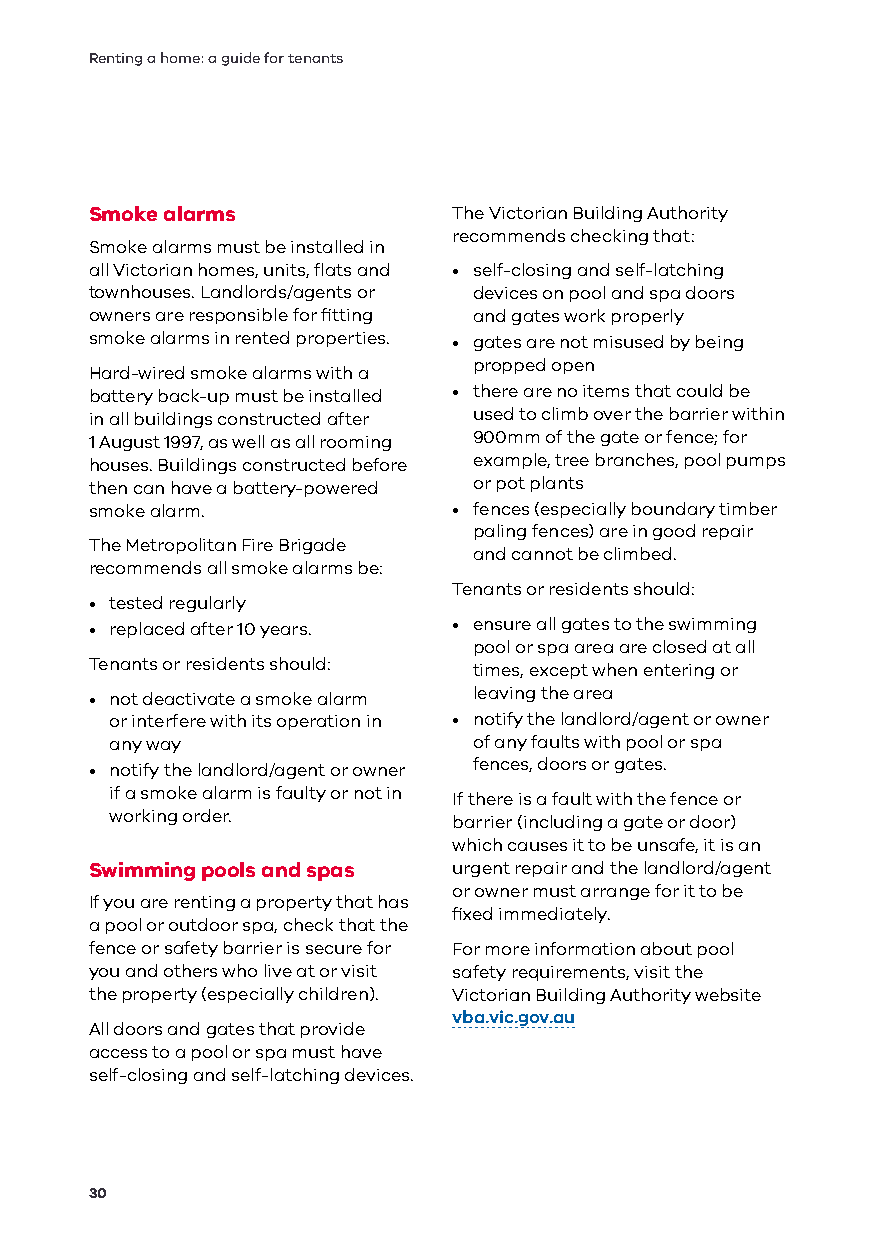
Renting a home: a guide for tenants
 Smoke alarms            The Victorian Building Authority
 recommends checking that:
 Smoke alarms must be installed in
 all Victorian homes, units, flats and • self-closing and self-latching
 townhouses. Landlords/agents or devices on pool and spa doors
 owners are responsible for fitting and gates work properly
 smoke alarms in rented properties. • gates are not misused by being
 propped open
 Hard-wired smoke alarms with a
 battery back-up must be installed • there are no items that could be
 in all buildings constructed after used to climb over the barrier within
 1 August 1997, as well as all rooming 900mm of the gate or fence; for
 houses. Buildings constructed before example, tree branches, pool pumps
 then can have a battery-powered or pot plants
 smoke alarm.            • fences (especially boundary timber
 paling fences) are in good repair
 The Metropolitan Fire Brigade
 and cannot be climbed.
 recommends all smoke alarms be:
 Tenants or residents should:
 • tested regularly
 • replaced after 10 years. • ensure all gates to the swimming
 pool or spa area are closed at all
 Tenants or residents should: times, except when entering or
 • not deactivate a smoke alarm leaving the area
 or interfere with its operation in • notify the landlord/agent or owner
 any way                 of any faults with pool or spa
 • notify the landlord/agent or owner fences, doors or gates.
 if a smoke alarm is faulty or not in If there is a fault with the fence or
 working order.         barrier (including a gate or door)
 which causes it to be unsafe, it is an
 Swimming pools and spas urgent repair and the landlord/agent
 or owner must arrange for it to be
 If you are renting a property that has
 fixed immediately.
 a pool or outdoor spa, check that the
 fence or safety barrier is secure for For more information about pool
 you and others who live at or visit safety requirements, visit the
 the property (especially children). Victorian Building Authority website
 vba.vic.gov.au
 All doors and gates that provide
 access to a pool or spa must have
 self-closing and self-latching devices.
 30